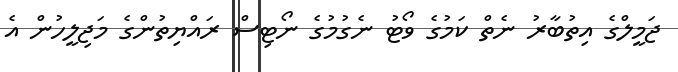
ޖަމީލްގެ އިތުބާރު ނެތް ކަމުގެ ވޯޓު ނެގުމުގެ ނޯޓިސް ރައްޔިތުންގެ މަޖިލީހުން އެ